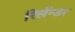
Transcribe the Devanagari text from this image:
रिलॅन्डर